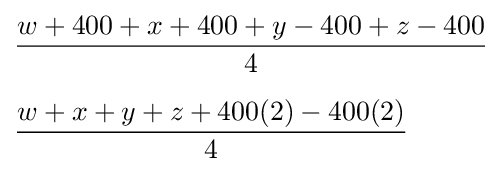
{\begin{aligned}&{\frac {w+400+x+400+y-400+z-400}{4}}\\[6pt]&{\frac {w+x+y+z+400(2)-400(2)}{4}}\end{aligned}}